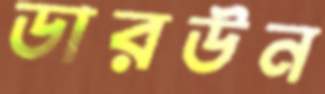
ডারউন